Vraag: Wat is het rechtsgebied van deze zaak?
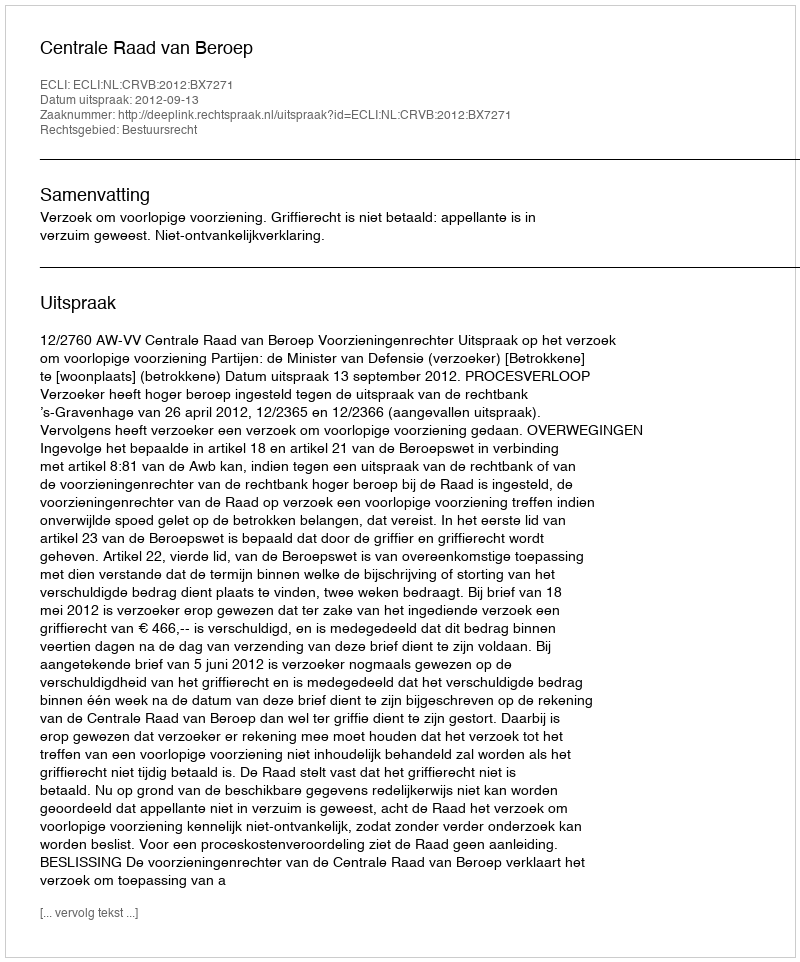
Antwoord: Bestuursrecht